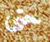
حتى